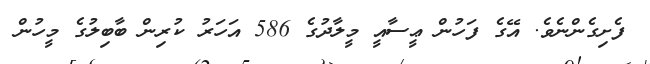
ފެށިގެންނެވެ. އޭގެ ފަހުން ޢީސާއީ މީލާދުގެ 586 އަހަރު ކުރިން ބާބިލުގެ މީހުން